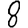
Digit: 8